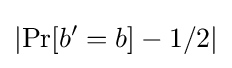
\left|\Pr[b'=b]-1/2\right|